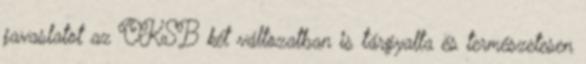
javaslatot az OKSB két változatban is tárgyalta és természetesen